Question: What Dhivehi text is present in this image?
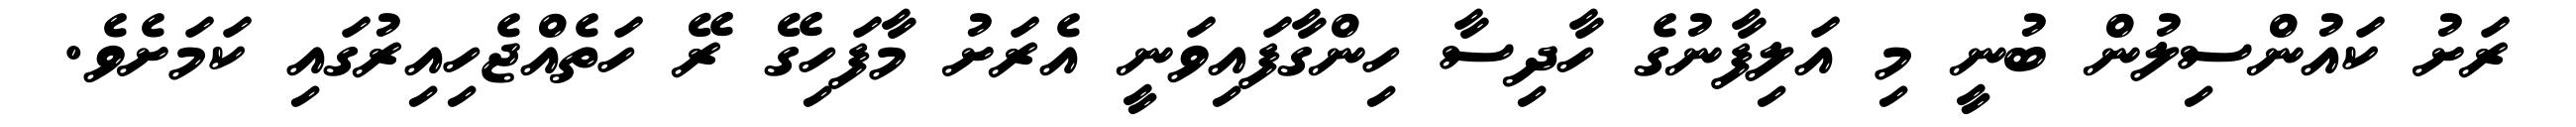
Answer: ރަށު ކައުންސިލުން ބުނީ މި އަލިފާނުގެ ހާދިސާ ހިންގާފައިވަނީ އެރަށު މާފަހިގޭ ރޭ ހަތެއްޖެހިއިރުގައި ކަމަށެވެ.